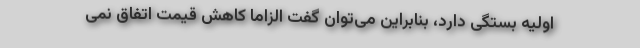
اولیه بستگی دارد، بنابراین می‌توان گفت الزاما کاهش قیمت اتفاق نمی